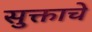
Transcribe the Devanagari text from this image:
सुक्ताचे